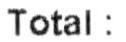
TOTAL: